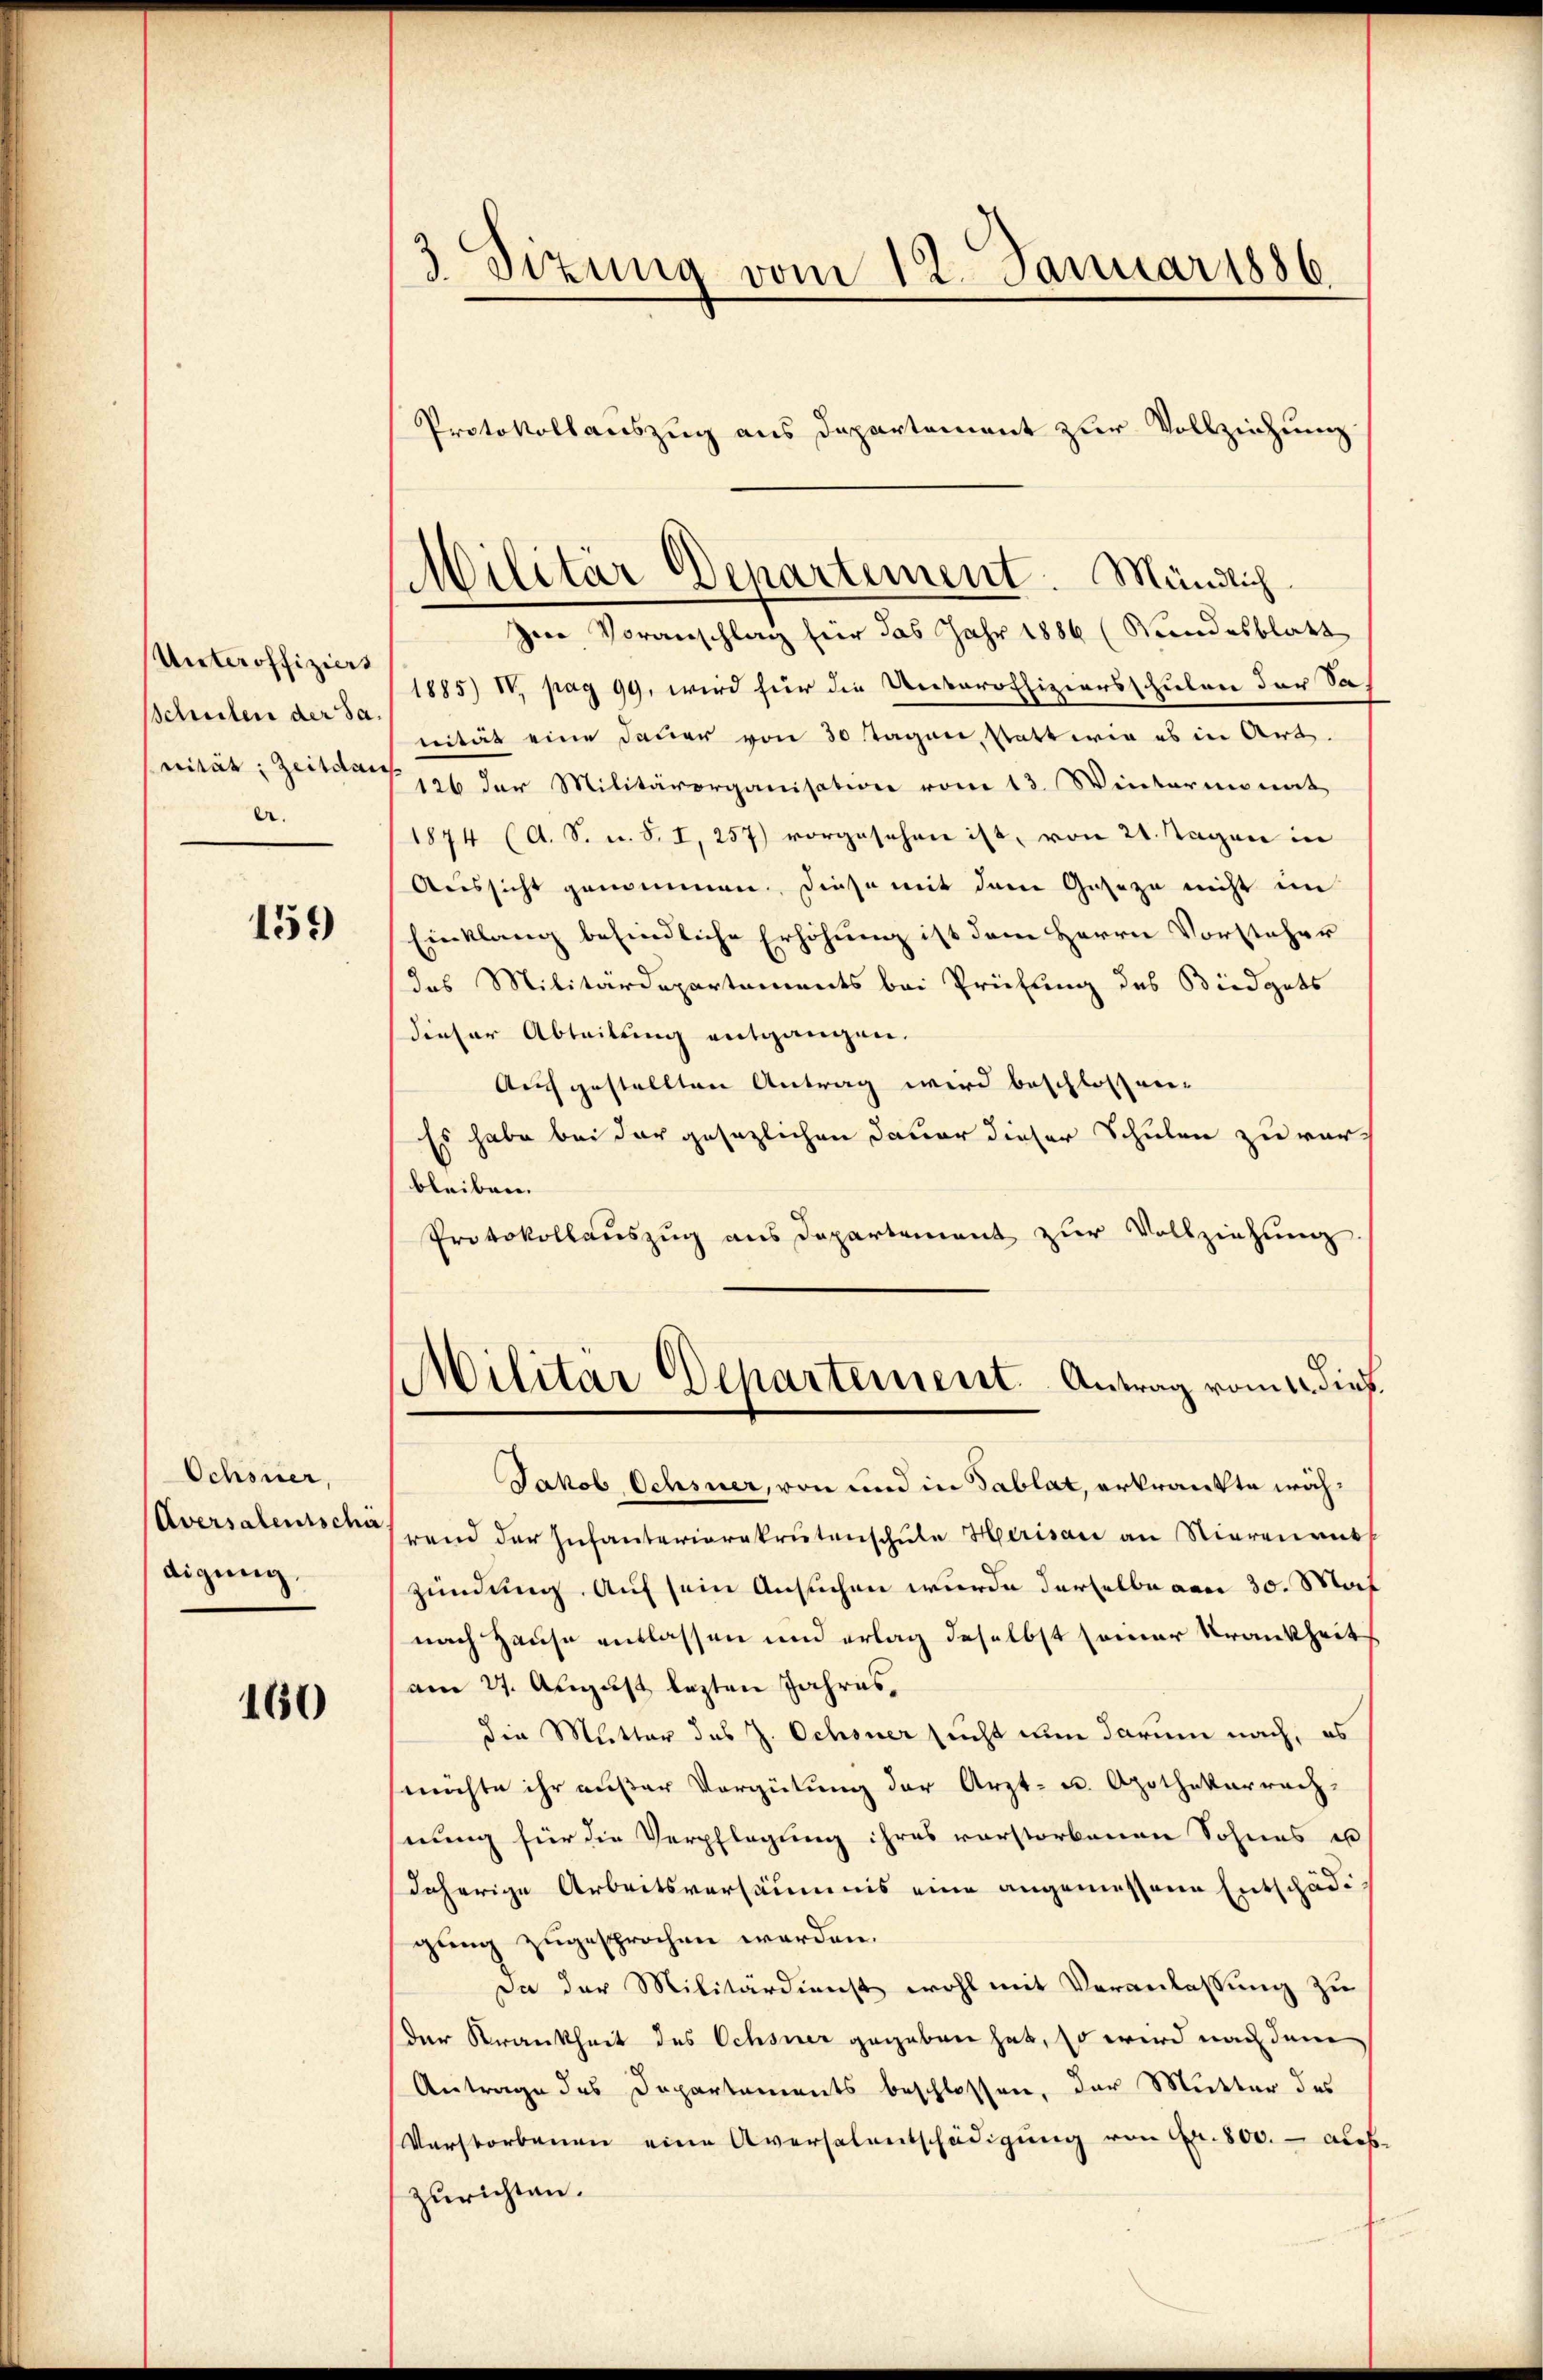
Unteroffiziert
sschulen der Sanität; Zeitdau
e.

159

Ochsner,
Aversalentschä
digung

160

3. Sitzung vom 12. Januar 1886.

Ine Voranschlag für das Jahr 1886 (Rundesblatt
1885) IV, pag. 99. wird für die Unteroffiziersschulen der Sanität eine Dauer von 30 Tagen, statt wie es in Art.
126 der Militärorganisation vom 13. Wintermonat
1874 (A. S. u. S. I, 257) vorgesehen ist, von 24. Tagen in
Aussicht genommen. Diese mit dem Geseze nicht im
Einklang befindliche Erhöhung ist dem Herrn Vorsteher
das Militärdepartements bei Prüfung des Büdgets
dieser Abteilung entgangen.
Aufgestellten Antrag wird beschlossen-
Es habe bei der gesezlichen davor dieser Schulen zu verbleiben.
Protokollaŭszŭg ans Departement zŭr Vollziehŭng.
Militär Departement. Antrag vom 12. dieß.
Jakob Ochsner, von und in Tablat, erkränkte während der Infanterierekrutenschule Herisau an Nierenant
zündung. Auf sein Ansuchen wurde derselbe von 30. Mai
nach Hause entlassen und erlag deselbst seiner Krankheit
am 21. August lezten Jahres,
die Mutter des z. Ochsner sucht nun darum nach, es
möchte ihr außer Vergütung der Arzt- u. Apothekarrech
hnung für die Verpflegung ihres vorstorbenen Sohnes u
daherige Arbeitsversäumis eine angemessene Entschädi
gung zugesprochen werden.
Da der Militärdienst wohl mit Veranlassung zu
der Krankheit des Ochsner gegeben hat, so wird nach dem
Antrage des Departements beschlossen, der Mutter des
Verstorbenen eine Aversalentschädigŭng von Fr. 800. auszurichten.

Protokollauszug aus Departement zur Vollziehung

Militär Departement. Mündlich